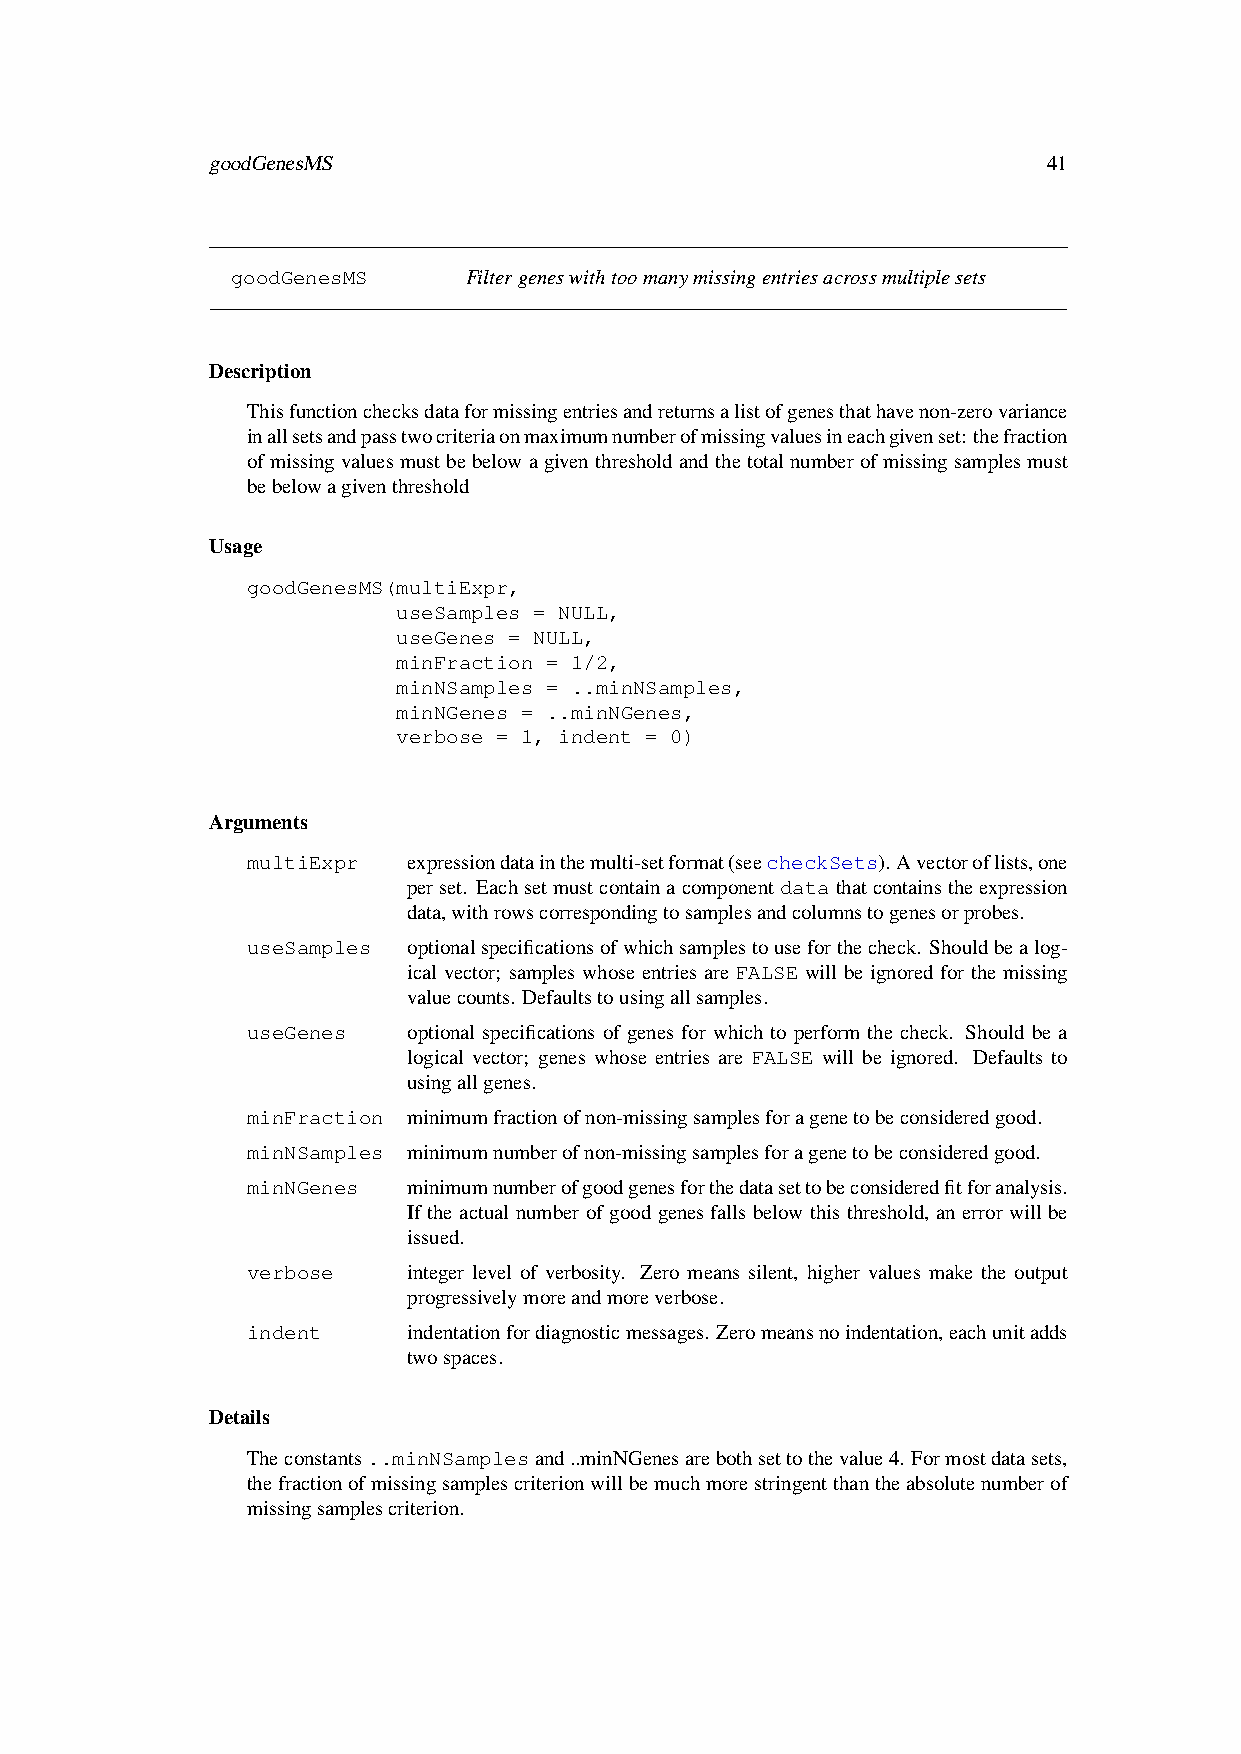
goodGenesMS                                            41
 goodGenesMS     Filtergeneswithtoomanymissingentriesacrossmultiplesets
 Description
 Thisfunctionchecksdataformissingentriesandreturnsalistofgenesthathavenon-zerovariance
 inallsetsandpasstwocriteriaonmaximumnumberofmissingvaluesineachgivenset:thefraction
 ofmissingvaluesmustbebelowagiventhresholdandthetotalnumberofmissingsamplesmust
 bebelowagiventhreshold
 Usage
 goodGenesMS(multiExpr,
 useSamples = NULL,
 useGenes = NULL,
 minFraction = 1/2,
 minNSamples = ..minNSamples,
 minNGenes = ..minNGenes,
 verbose = 1, indent = 0)
 Arguments
 multiExpr  expressiondatainthemulti-setformat(seecheckSets).Avectoroflists,one
 perset. Eachsetmustcontainacomponentdatathatcontainstheexpression
 data,withrowscorrespondingtosamplesandcolumnstogenesorprobes.
 useSamples optionalspecificationsofwhichsamplestouseforthecheck. Shouldbealog-
 ical vector; samples whose entries are FALSE will be ignored for the missing
 valuecounts. Defaultstousingallsamples.
 useGenes   optional specifications of genes for which to perform the check. Should be a
 logical vector; genes whose entries are FALSE will be ignored. Defaults to
 usingallgenes.
 minFraction minimumfractionofnon-missingsamplesforagenetobeconsideredgood.
 minNSamples minimumnumberofnon-missingsamplesforagenetobeconsideredgood.
 minNGenes  minimumnumberofgoodgenesforthedatasettobeconsideredfitforanalysis.
 If the actual number of good genes falls below this threshold, an error will be
 issued.
 verbose    integer level of verbosity. Zero means silent, higher values make the output
 progressivelymoreandmoreverbose.
 indent     indentationfordiagnosticmessages. Zeromeansnoindentation,eachunitadds
 twospaces.
 Details
 Theconstants..minNSamplesand..minNGenesarebothsettothevalue4. Formostdatasets,
 thefractionofmissingsamplescriterionwillbemuchmorestringentthantheabsolutenumberof
 missingsamplescriterion.